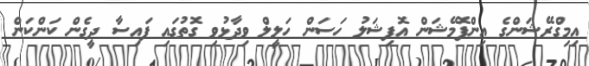
އިމިގްރޭޝަންގެ އިންފޮމޭޝަން އޮފިޝަލު ހަސަން ހަލީލް ވިދާޅުވި ގޮތުގައި ފައިސާ ދީގެން ކަންކަން